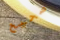
صحيح